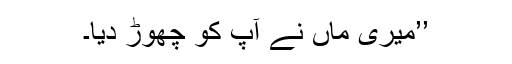
’’میری ماں نے آپ کو چھوڑ دیا۔